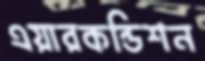
এয়ারকন্ডিশন